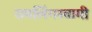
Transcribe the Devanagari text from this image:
रामलिंगस्वामी